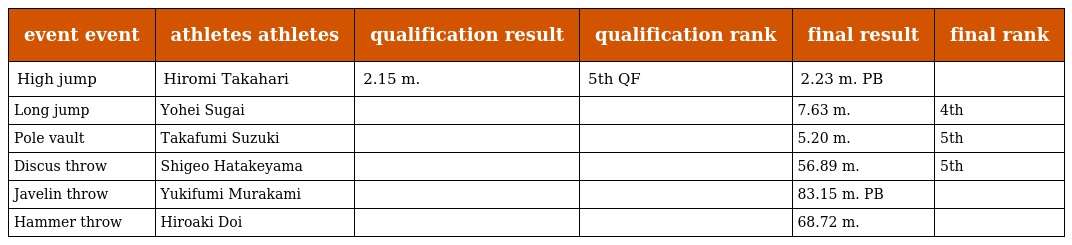
| event event | athletes athletes | qualification result | qualification rank | final result | final rank |
 | --- | --- | --- | --- | --- | --- |
 | High jump | Hiromi Takahari | 2.15 m. | 5th QF | 2.23 m. PB |  |
 | Long jump | Yohei Sugai |  |  | 7.63 m. | 4th |
 | Pole vault | Takafumi Suzuki |  |  | 5.20 m. | 5th |
 | Discus throw | Shigeo Hatakeyama |  |  | 56.89 m. | 5th |
 | Javelin throw | Yukifumi Murakami |  |  | 83.15 m. PB |  |
 | Hammer throw | Hiroaki Doi |  |  | 68.72 m. |  |